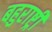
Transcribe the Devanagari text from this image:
बहुराष्ट्री